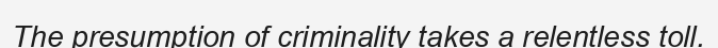
The presumption of criminality takes a relentless toll.